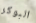
البوكر